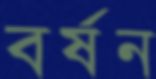
বর্ষন